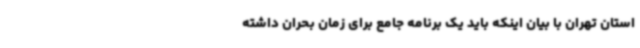
استان تهران با بیان اینکه باید یک برنامه جامع برای زمان بحران داشته